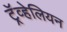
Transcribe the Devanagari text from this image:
ट्रॅव्हेलियन